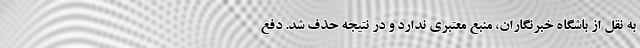
به نقل از باشگاه خبرنگاران، منبع معتبری ندارد و در نتیجه حذف شد. دفع